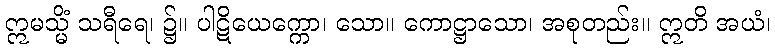
ဣမသ္မိံ သရီရေ၊ ၌။ ပါဋိယေက္ကော၊ သော။ ကောဋ္ဌာသော၊ အစုတည်း။ ဣတိ အယံ၊